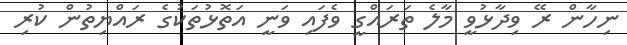
ނިހާން ރޭ ވިދާޅުވީ މާލެ ތަރައްގީ ވެފައި ވަނީ އަތޮޅުތަކުގެ ރައްޔިތުން ކުރި